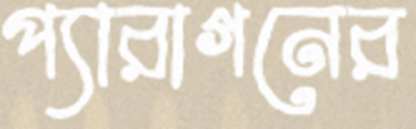
প্যারাগনের